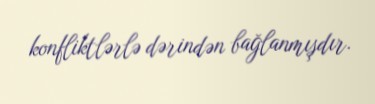
konfliktlərlə dərindən bağlanmışdır.